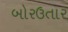
બોરઉતાર